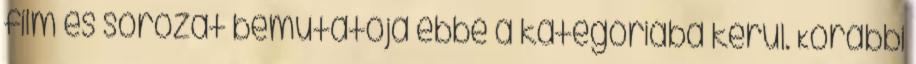
film és sorozat bemutatója ebbe a kategóriába kerül. Korábbi